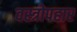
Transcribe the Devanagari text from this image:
वस्त्रोपहार